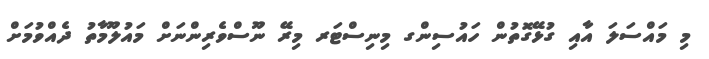
މި މައްސަލަ އާއި ގުޅޭގޮތުން ހައުސިންގ މިނިސްޓަރ މިރޭ ނޫސްވެރިންނަށް މައުލޫމާތު ދެއްވުމަށް